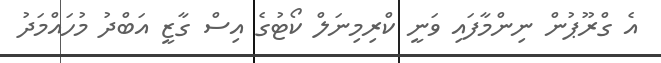
އެ ގްރޫޕުން ނިންމާފައި ވަނީ ކްރިމިނަލް ކޯޓުގެ އިސް ގާޒީ އަބްދު މުހައްމަދު